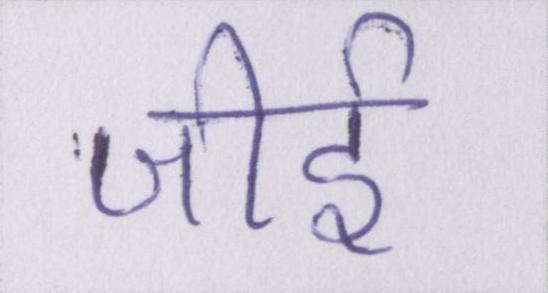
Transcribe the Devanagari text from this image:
जीर्इ